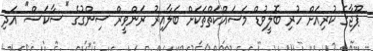
ޕޫޖާގެ ކުރިއަށް ހުރި ބޮލީވުޑް މަސައްކަތްތަކަށް ބަލާއިރު ރަންވީރް ސިންގުގެ ''ސާކަސް'' އަދި